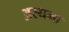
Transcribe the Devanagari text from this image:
अस्‍थमा